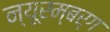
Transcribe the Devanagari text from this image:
न्यूरम्बर्ग